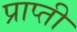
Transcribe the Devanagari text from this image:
प्राप्ती